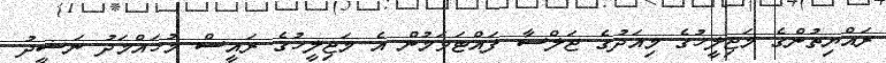
ރައްޔިތުންގެ މަޖިލީހުގެ މިއަދުގެ ޖަލްސާ ފައްޓަވަމުން އެ މަޖިލީހުގެ ރައީސް މުހައްމަދު ނަޝީދު